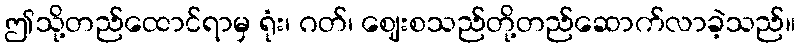
ဤသို့တည်ထောင်ရာမှ ရုံး၊ ဂတ်၊ ဈေးစသည်တို့တည်ဆောက်လာခဲ့သည်။